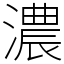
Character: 濃